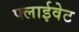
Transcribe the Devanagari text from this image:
फ्लाईवेट